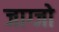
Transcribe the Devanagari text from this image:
जाग्जो